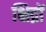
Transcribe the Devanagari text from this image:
क्षिद्रों